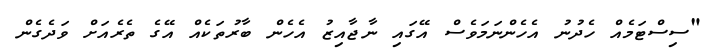
"ސިސްޓަމެއް ހެދުނު އެހެންނަމަވެސް އޭގައި ނާޖާއިޒު އެހެން ބާރުތަކެއް އޭގެ ތެރެއަށް ވަދެގެން